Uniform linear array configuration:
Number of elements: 16
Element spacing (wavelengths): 0.25
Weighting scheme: exponential
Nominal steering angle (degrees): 30
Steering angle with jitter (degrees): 29.326
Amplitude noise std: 0.05
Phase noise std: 0.05

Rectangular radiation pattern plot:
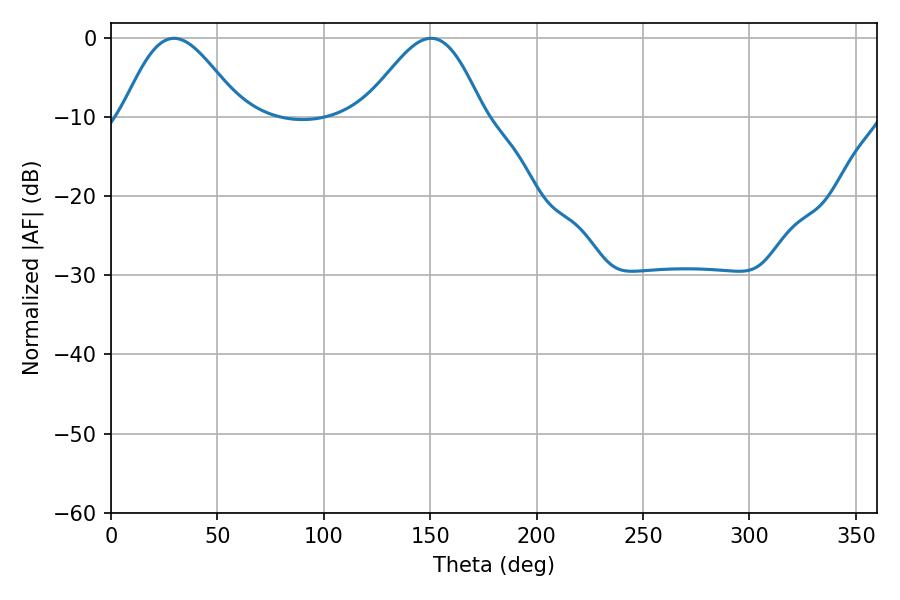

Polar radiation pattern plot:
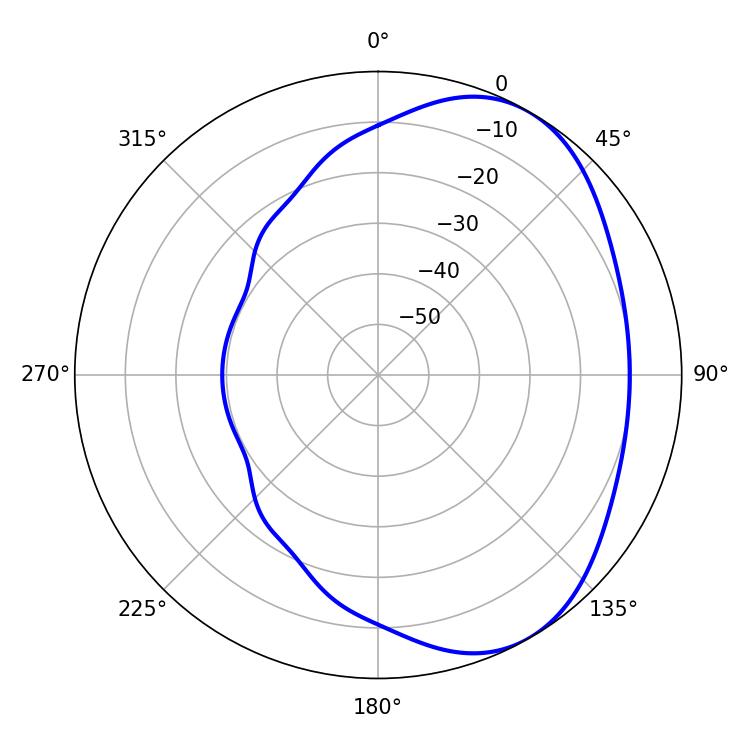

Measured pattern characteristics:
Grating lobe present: FALSE
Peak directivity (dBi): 4.689
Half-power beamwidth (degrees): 29.7
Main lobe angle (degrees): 29.52